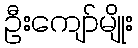
ဦးကျော်မျိုး